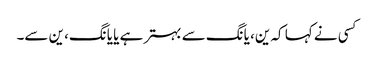
کسی نے کہا کہ ین، یانگ سے بہتر ہے یا یانگ، ین سے۔